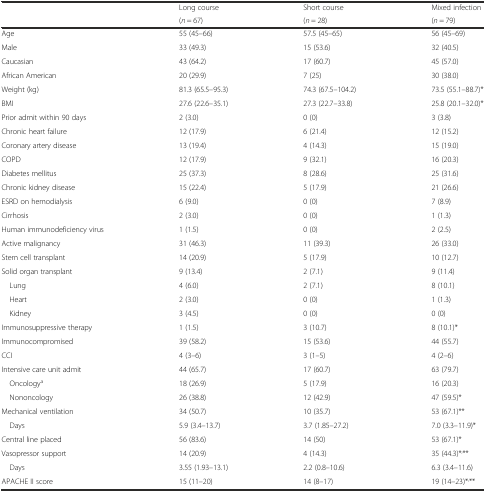
<table><thead><tr><td rowspan="2"></td><td><b>Long course</b></td><td><b>Short course</b></td><td><b>Mixed infection</b></td></tr><tr><td><b>(<i>n</i> = 67)</b></td><td><b>(<i>n</i> = 28)</b></td><td><b>(<i>n</i> = 79)</b></td></tr></thead><tbody><tr><td>Age</td><td>55 (45–66)</td><td>57.5 (45–65)</td><td>56 (45–69)</td></tr><tr><td>Male</td><td>33 (49.3)</td><td>15 (53.6)</td><td>32 (40.5)</td></tr><tr><td>Caucasian</td><td>43 (64.2)</td><td>17 (60.7)</td><td>45 (57.0)</td></tr><tr><td>African American</td><td>20 (29.9)</td><td>7 (25)</td><td>30 (38.0)</td></tr><tr><td>Weight (kg)</td><td>81.3 (65.5–95.3)</td><td>74.3 (67.5–104.2)</td><td>73.5 (55.1–88.7)*</td></tr><tr><td>BMI</td><td>27.6 (22.6–35.1)</td><td>27.3 (22.7–33.8)</td><td>25.8 (20.1–32.0)*</td></tr><tr><td>Prior admit within 90 days</td><td>2 (3.0)</td><td>0 (0)</td><td>3 (3.8)</td></tr><tr><td>Chronic heart failure</td><td>12 (17.9)</td><td>6 (21.4)</td><td>12 (15.2)</td></tr><tr><td>Coronary artery disease</td><td>13 (19.4)</td><td>4 (14.3)</td><td>15 (19.0)</td></tr><tr><td>COPD</td><td>12 (17.9)</td><td>9 (32.1)</td><td>16 (20.3)</td></tr><tr><td>Diabetes mellitus</td><td>25 (37.3)</td><td>8 (28.6)</td><td>25 (31.6)</td></tr><tr><td>Chronic kidney disease</td><td>15 (22.4)</td><td>5 (17.9)</td><td>21 (26.6)</td></tr><tr><td>ESRD on hemodialysis</td><td>6 (9.0)</td><td>0 (0)</td><td>7 (8.9)</td></tr><tr><td>Cirrhosis</td><td>2 (3.0)</td><td>0 (0)</td><td>1 (1.3)</td></tr><tr><td>Human immunodeficiency virus</td><td>1 (1.5)</td><td>0 (0)</td><td>2 (2.5)</td></tr><tr><td>Active malignancy</td><td>31 (46.3)</td><td>11 (39.3)</td><td>26 (33.0)</td></tr><tr><td>Stem cell transplant</td><td>14 (20.9)</td><td>5 (17.9)</td><td>10 (12.7)</td></tr><tr><td>Solid organ transplant</td><td>9 (13.4)</td><td>2 (7.1)</td><td>9 (11.4)</td></tr><tr><td> Lung</td><td>4 (6.0)</td><td>2 (7.1)</td><td>8 (10.1)</td></tr><tr><td> Heart</td><td>2 (3.0)</td><td>0 (0)</td><td>1 (1.3)</td></tr><tr><td> Kidney</td><td>3 (4.5)</td><td>0 (0)</td><td>0 (0)</td></tr><tr><td>Immunosuppressive therapy</td><td>1 (1.5)</td><td>3 (10.7)</td><td>8 (10.1)*</td></tr><tr><td>Immunocompromised</td><td>39 (58.2)</td><td>15 (53.6)</td><td>44 (55.7)</td></tr><tr><td>CCI</td><td>4 (3–6)</td><td>3 (1–5)</td><td>4 (2–6)</td></tr><tr><td>Intensive care unit admit</td><td>44 (65.7)</td><td>17 (60.7)</td><td>63 (79.7)</td></tr><tr><td> Oncology<sup>a</sup></td><td>18 (26.9)</td><td>5 (17.9)</td><td>16 (20.3)</td></tr><tr><td> Nononcology</td><td>26 (38.8)</td><td>12 (42.9)</td><td>47 (59.5)*</td></tr><tr><td>Mechanical ventilation</td><td>34 (50.7)</td><td>10 (35.7)</td><td>53 (67.1)**</td></tr><tr><td> Days</td><td>5.9 (3.4–13.7)</td><td>3.7 (1.85–27.2)</td><td>7.0 (3.3–11.9)*</td></tr><tr><td>Central line placed</td><td>56 (83.6)</td><td>14 (50)</td><td>53 (67.1)*</td></tr><tr><td>Vasopressor support</td><td>14 (20.9)</td><td>4 (14.3)</td><td>35 (44.3)*<sup>,</sup>**</td></tr><tr><td> Days</td><td>3.55 (1.93–13.1)</td><td>2.2 (0.8–10.6)</td><td>6.3 (3.4–11.6)</td></tr><tr><td>APACHE II score</td><td>15 (11–20)</td><td>14 (8–17)</td><td>19 (14–23)*<sup>,</sup>**</td></tr></tbody></table>